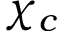
\chi _ { c }